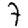
Digit: 7